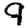
Digit: 9